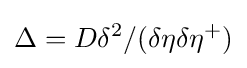
\Delta =D\delta ^{2}/(\delta \eta \delta \eta ^{+})